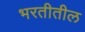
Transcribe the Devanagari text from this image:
भरतीतील